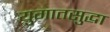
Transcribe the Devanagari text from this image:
युगातसुद्धा